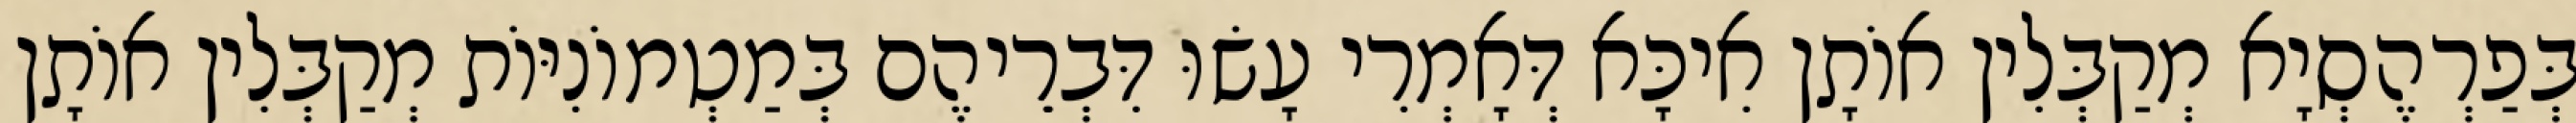
בְּפַרְהֶסְיָא מְקַבְּלִין אוֹתָן אִיכָּא דְּאָמְרִי עָשׂוּ דִּבְרֵיהֶם בְּמַטְמוֹנִיּוֹת מְקַבְּלִין אוֹתָן